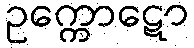
ဥက္ကောဋော